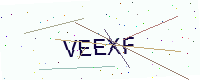
Text: VEEXF